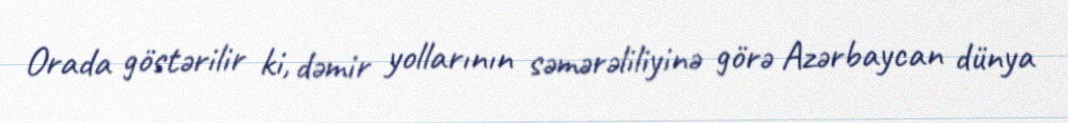
Orada göstərilir ki, dəmir yollarının səmərəliliyinə görə Azərbaycan dünya